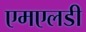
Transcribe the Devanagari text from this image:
एमएलडी